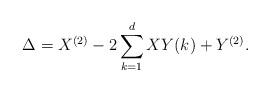
LaTeX: \begin{align*}\Delta=X^{(2)}-2\sum_{k=1}^d XY(k)+Y^{(2)}.\end{align*}